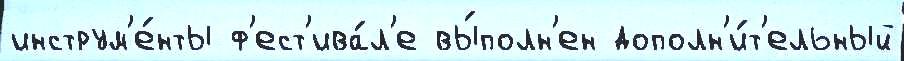
инструм'е́нты ф'ест'ива́л'е вы́полн'ен дополн'и́т'ельный